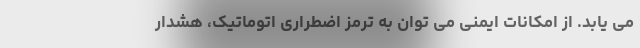
می یابد. از امکانات ایمنی می توان به ترمز اضطراری اتوماتیک، هشدار